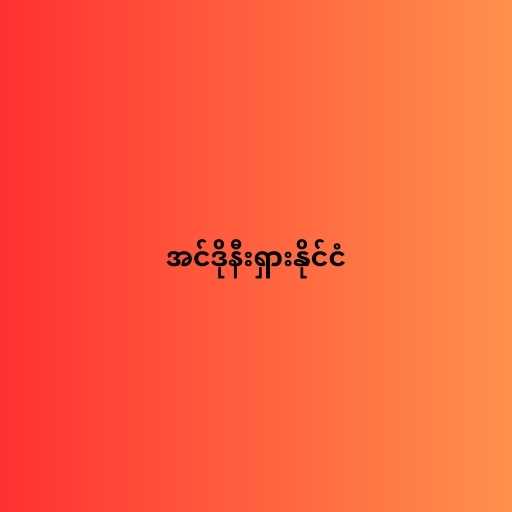
အင်ဒိုနီးရှားနိုင်ငံ